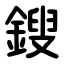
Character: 鎪